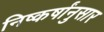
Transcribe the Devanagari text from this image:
निष्कर्षांनुसार